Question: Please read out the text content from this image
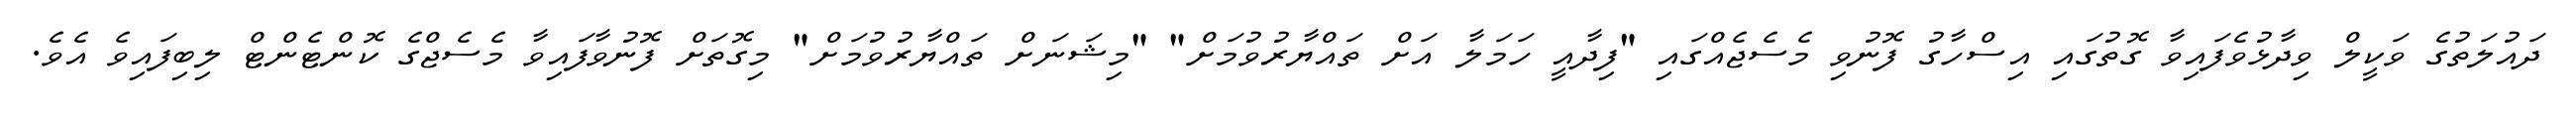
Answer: ދައުލަތުގެ ވަކީލް ވިދާޅުވެފައިވާ ގޮތުގައި އިސްހާގު ފޮނުވި މެސެޖެއްގައި "ފިދާއީ ހަމަލާ އަށް ތައްޔާރުވުމަށް" "މިޝަނަށް ތައްޔާރުވުމަށް" މިގޮތަށް ފޮނުވާފައިވާ މެސެޖްގެ ކޮންޓެންޓް ލިބިފައިވެ އެވެ.